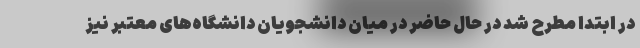
در ابتدا مطرح شد در حال حاضر در میان دانشجویان دانشگاه‌های معتبر نیز